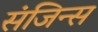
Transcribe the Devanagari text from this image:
संजिन्स